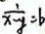
\frac { 1 } { x - y } = b